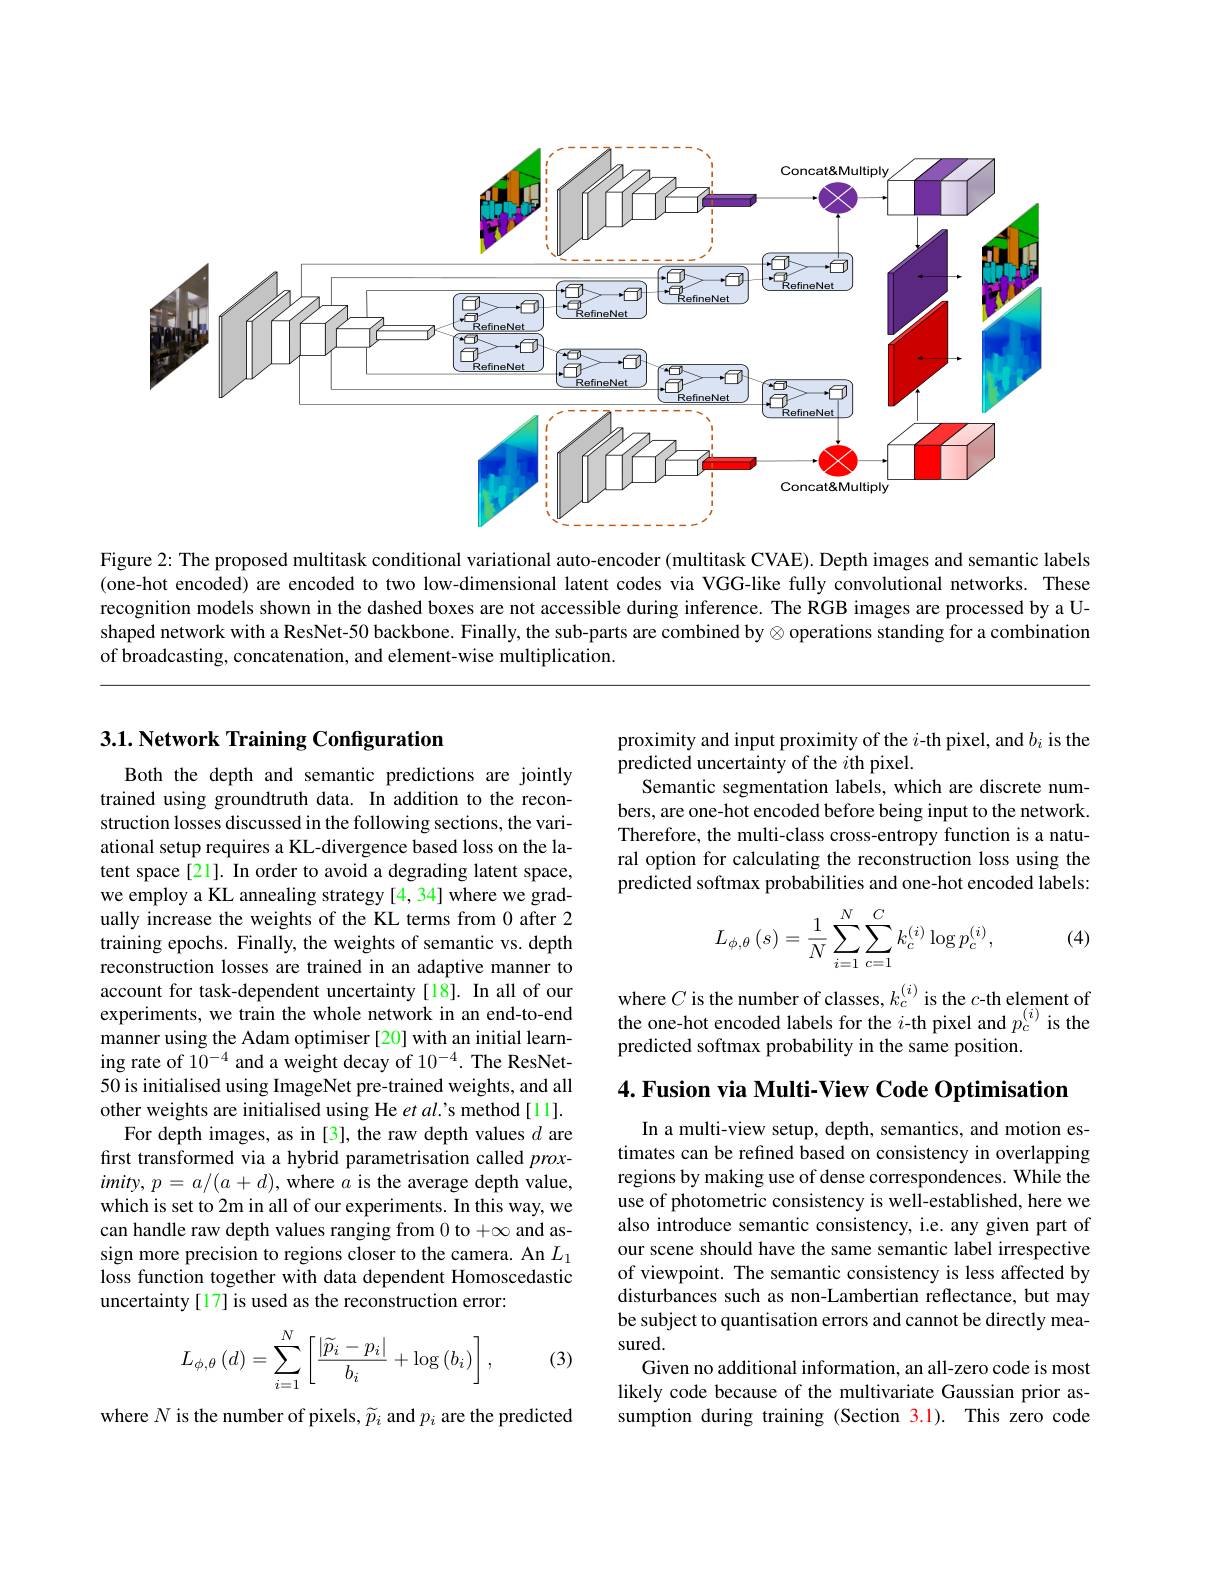
<FigureHere>

Figure 2: The proposed multitask conditional variational auto-encoder (multitask CVAE). Depth images and semantic labels (one-hot encoded) are encoded to two low-dimensional latent codes via VGG-like fully convolutional networks. These recognition models shown in the dashed boxes are not accessible during inference. The RGB images are processed by a Ushaped network with a ResNet-50 backbone. Finally, the sub-parts are combined by $\otimes$ operations standing for a combination of broadcasting, concatenation, and element-wise multiplication.

## $3. 1. \textbf{ Network Training Configuration}$

Both the depth and semantic predictions are jointly trained using groundtruth data. In addition to the reconstruction losses discussed in the following sections, the variational setup requires a KL-divergence based loss on the latent space [21]. In order to avoid a degrading latent space, we employ a KL annealing strategy [4, 34] where we gradually increase the weights of the KL terms from 0 after 2 training epochs. Finally, the weights of semantic vs. depth reconstruction losses are trained in an adaptive manner to account for task-dependent uncertainty [18]. In all of our experiments, we train the whole network in an end-to-end manner using the Adam optimiser [20] with an initial learning rate of $10^{-4}$ and a weight decay of $10^{-4}.$ The ResNet- 50 is initialised using ImageNet pre-trained weights, and all other weights are initialised using He $et\textit{al' s method[ 11] }.$
For depth images, as in [3], the raw depth values $d$ are first transformed via a hybrid parametrisation called $prox-$ $imity,p=a/(a+d)$,where $a$ is the average depth value, which is set to 2m in all of our experiments. In this way, we can handle raw depth values ranging from 0 to $+\infty$ and assign more precision to regions closer to the camera. An $L_1$ loss function together with data dependent Homoscedastic uncertainty [17] is used as the reconstruction error:
$$L_{\phi,\theta}\left(d\right)=\sum_{i=1}^{N}\left[\frac{\left|\widetilde{p}_{i}-p_{i}\right|}{b_{i}}+\log\left(b_{i}\right)\right],$$
(3)

where $N$ is the number of pixels, $\widetilde p_i$ and $p_i$ are the predicted

proximity and input proximity of the $i$-th pixel, and $b_i$ is the
predicted uncertainty of the $i$th pixel.
Semantic segmentation labels, which are discrete numbers, are one-hot encoded before being input to the network. Therefore, the multi-class cross-entropy function is a natural option for calculating the reconstruction loss using the predicted softmax probabilities and one-hot encoded labels:

(4)
$$L_{\phi,\theta}\left(s\right)=\frac{1}{N}\sum_{i=1}^{N}\sum_{c=1}^{C}k_{c}^{\left(i\right)}\log p_{c}^{\left(i\right)},$$
where $C$ is the number of classes, $k_c^{(i)}$ is the $c$-th element of the one-hot encoded labels for the $i$-th pixel and $p_c^{(i)}$ is the predicted softmax probability in the same position.

$4. \textbf{Fusion via Multi- View Code Optimisation}$

In a multi-view setup, depth, semantics, and motion estimates can be refined based on consistency in overlapping regions by making use of dense correspondences. While the use of photometric consistency is well-established, here we also introduce semantic consistency, i.e. any given part of our scene should have the same semantic label irrespective of viewpoint. The semantic consistency is less affected by disturbances such as non-Lambertian reflectance, but may be subject to quantisation errors and cannot be directly measured.
Given no additional information, an all-zero code is most likely code because of the multivariate Gaussian prior assumption during training (Section 3.1). This zero code